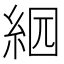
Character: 𦀄